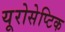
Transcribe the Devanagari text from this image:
यूरोसेप्टिक